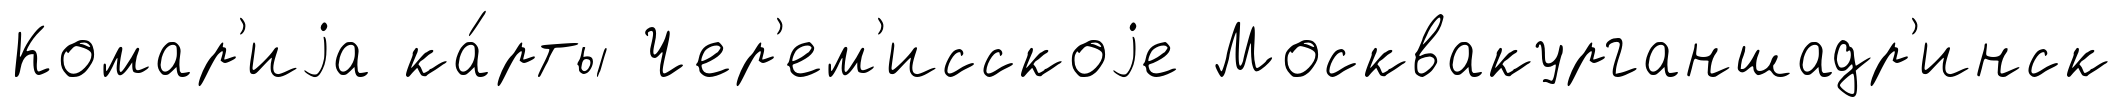
Комар'иjа ка́рты Чер'ем'исскоjе Москвакурганшадр'инск